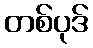
တစ်ပုဒ်